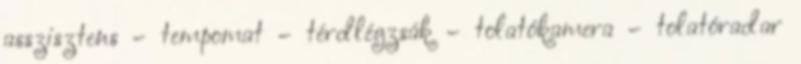
asszisztens – tempomat – térdlégzsák – tolatókamera – tolatóradar